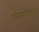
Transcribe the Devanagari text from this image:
परिमाणीकृत